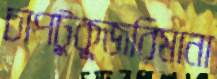
চাপটুকুজরিমানা